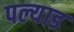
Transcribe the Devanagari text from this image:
पल्याड